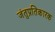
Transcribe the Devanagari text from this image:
जंतुप्रतिकारक